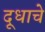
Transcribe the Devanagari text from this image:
दूधाचे